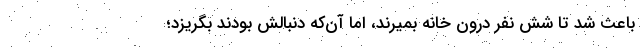
باعث شد تا شش نفر درون خانه بمیرند، اما آن‌که دنبالش بودند بگریزد؛